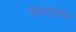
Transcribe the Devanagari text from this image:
सिध्दपुरुषाचे